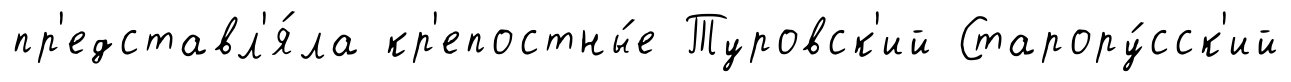
пр'едставл'я́ла кр'епостны́е Туровск'ий Старору́сск'ий